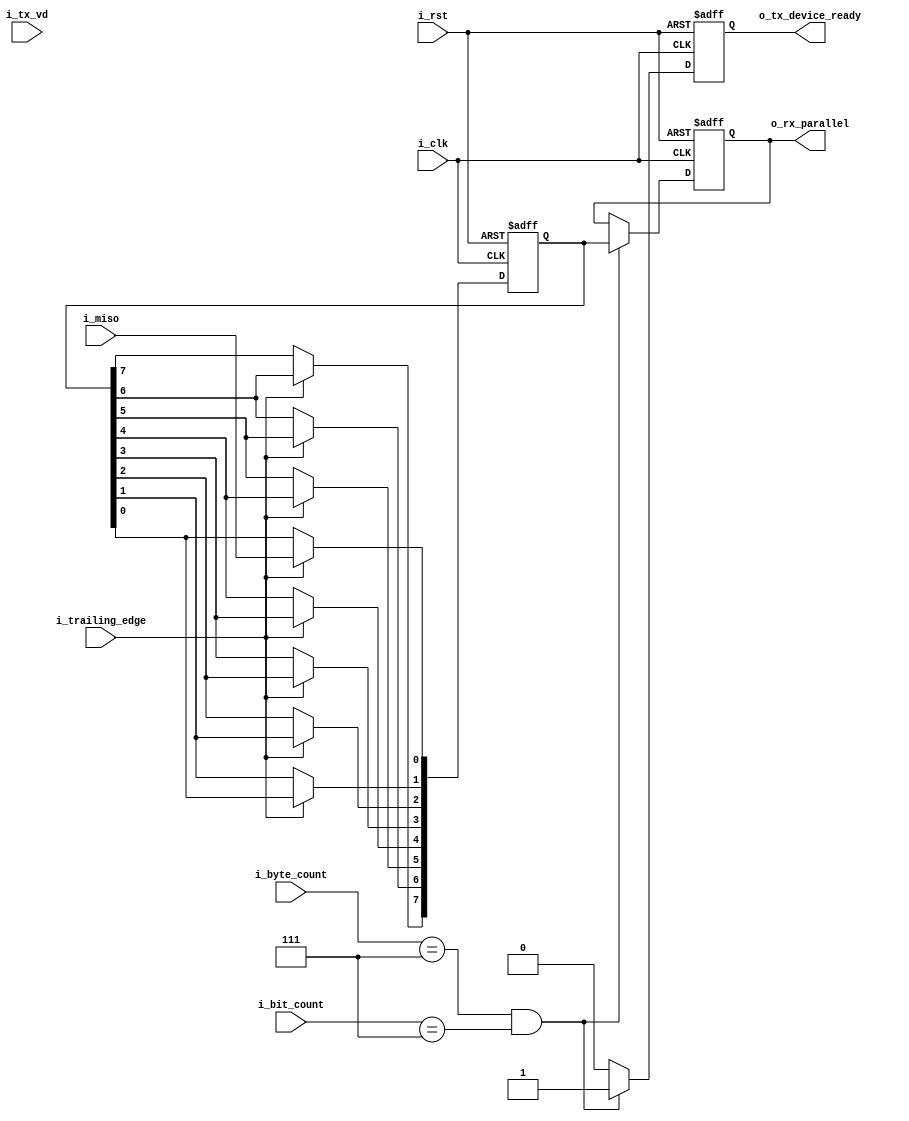
module shift_reg_mosi (

input   wire            i_clk             , // spi_clk
input   wire            i_rst             ,
input   wire            i_miso            ,
input   wire            i_tx_vd           ,
input   wire[2:0]       i_bit_count       ,
input   wire[2:0]       i_byte_count      ,
input   wire            i_trailing_edge   ,

output  reg [7:0]       o_rx_parallel     ,
output  reg             o_tx_device_ready

);

reg         [7:0]       q;


always @(posedge i_clk or negedge i_rst )
begin 
	if (!i_rst)
		begin  
			q  <= 'b0;
	    end 
	else if (i_trailing_edge)
		begin 
            q[0] <= i_miso;                 // whenever the data comes from slave start shifting from next cycle according to trailing edge
            q[1] <= q[0];
            q[2] <= q[1];
            q[3] <= q[2];
            q[4] <= q[3];
            q[5] <= q[4];
            q[6] <= q[5];
            q[7] <= q[6];
		end 
end 

always @(posedge i_clk or negedge i_rst )
begin 
	if (!i_rst)
		begin  
		    o_rx_parallel     <= 8'b0;      // reset values of rx_parallel and tx_ready
		    o_tx_device_ready <= 1'b0;
	    end 
	else if ((i_byte_count == 3'b111)&&(i_bit_count == 3'b111))
	    begin 
			o_rx_parallel     <= q;         // when the data is shifted 8 cycles of spi_clk, send the output and rise tx_ready flag  
			o_tx_device_ready <= 1'b1;
		end 
	else 
		begin 
	    	o_tx_device_ready <= 0;
	    end 
end 

endmodule